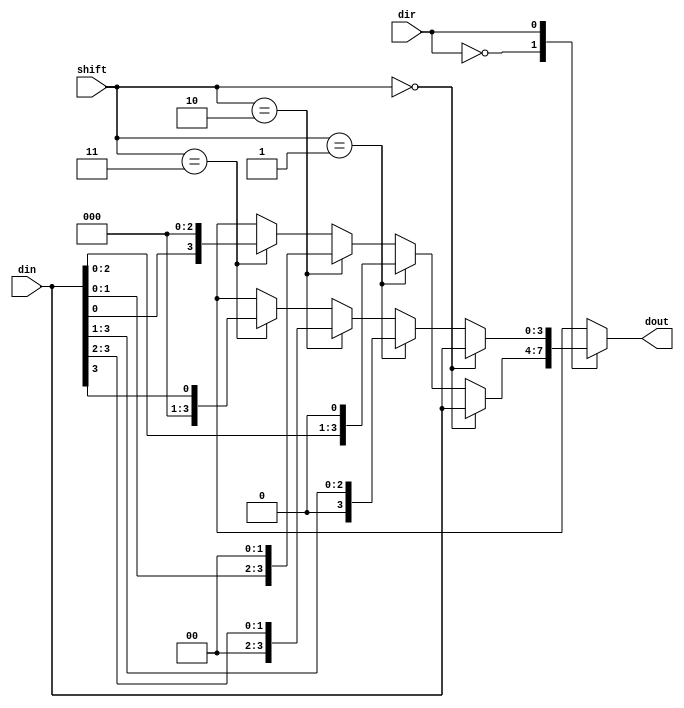
`timescale 1ns / 1ps
module barrel(din,shift,dir,dout);
input [3:0]din;
input [1:0]shift;                    //shift
input dir;                           //direction : 0 for left and 1 for right
output reg [3:0]dout;
always @ (*)
begin
case(dir)
0: dout = (shift == 2'b00) ? din :        
                      (shift == 2'b01) ? {din[2:0], 1'b0} :
                      (shift == 2'b10) ? {din[1:0], 2'b00} :
                      (shift == 2'b11) ? {din[0], 3'b000} :
                      4'bxxxx; 
1: dout = (shift == 2'b00) ? din :
                      (shift == 2'b01) ? {1'b0, din[3:1]} :
                      (shift == 2'b10) ? {2'b00, din[3:2]} :
                      (shift == 2'b11) ? {3'b000, din[3]} :
                      4'bxxxx; 
default:dout=4'bxxxx;
endcase    
end                
endmodule